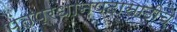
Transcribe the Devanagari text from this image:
पंतप्रधानपदासाठीचे